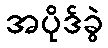
အပိုဒ်ခွဲ